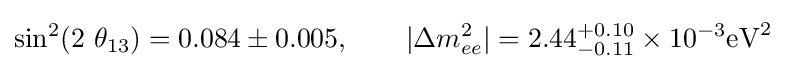
\sin ^{2}(2\ \theta _{13})=0.084\pm 0.005,\qquad |\Delta m_{ee}^{2}|=2.44_{-0.11}^{+0.10}\times 10^{-3}{\rm {eV}}^{2}